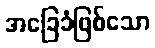
အခြေခံဖြစ်သော